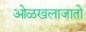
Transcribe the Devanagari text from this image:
ओळखलाजातो